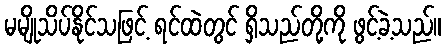
မမျိုသိပ်နိုင်သဖြင့် ရင်ထဲတွင် ရှိသည်တို့ကို ဖွင့်ခဲ့သည်။